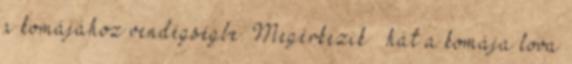
a komájához vendégségbe. Megérkezik – hát a komája lova